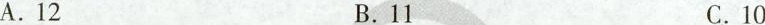
A.12B.11 .C10